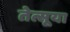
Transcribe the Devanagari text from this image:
तेत्सूया